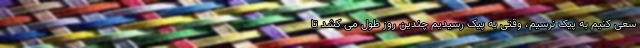
سعی کنیم به پیک نرسیم، وقتی به پیک رسیدیم چندین روز طول می کشد تا